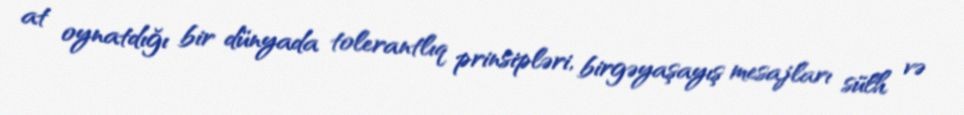
at oynatdığı bir dünyada tolerantlıq prinsipləri, birgəyaşayış mesajları sülh və